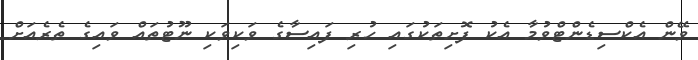
ވޭން އެކްސިޑެންޓްވުމާ އެކު ފޮށިތަކުގައި ހުރި ފައިސާގެ ވަކިވަކި ނޫޓުތައް ވައިގެ ތެރެއަށް